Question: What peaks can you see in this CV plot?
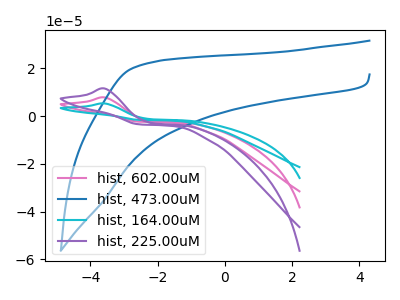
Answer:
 <answer>The pink curve "hist, 602.00uM" has an anodic peak at: (-3.55V, 7.85uA). The blue curve "hist, 473.00uM" has no peaks. The cyan curve "hist, 164.00uM" has an anodic peak at: (-3.55V, 15.70uA). The purple curve "hist, 225.00uM" has an anodic peak at: (-3.55V, 11.60uA).</answer>
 <eval></eval>